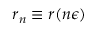
r _ { n } \equiv r ( n \epsilon )